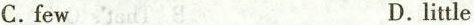
C.few D.little